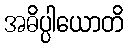
အဓိပ္ပါယောတိ